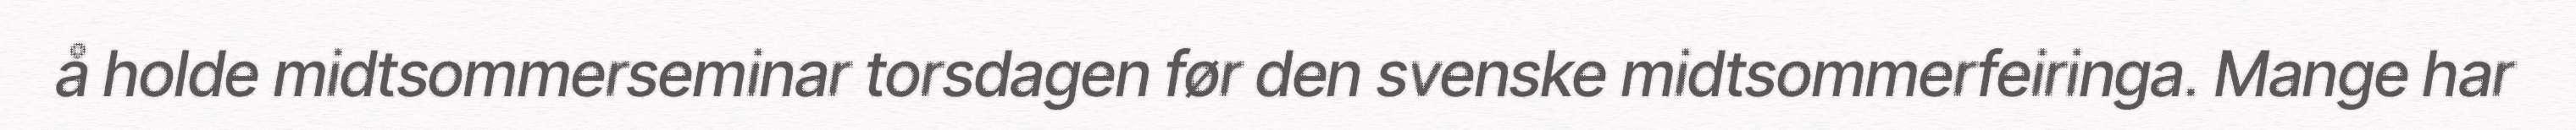
å holde midtsommerseminar torsdagen før den svenske midtsommerfeiringa. Mange har